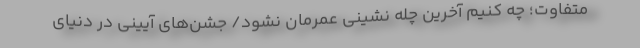
متفاوت؛ چه کنیم آخرین چله نشینی عمرمان نشود/ جشن‌های آیینی در دنیای